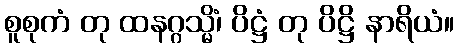
စူစုကံ တု ထနဂ္ဂသ္မိံ၊ ပိဋ္ဌံ တု ပိဋ္ဌိ နာရိယံ။